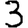
Digit: 3